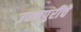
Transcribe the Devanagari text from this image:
उधमपुरींचे